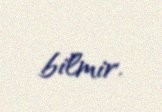
bilmir.